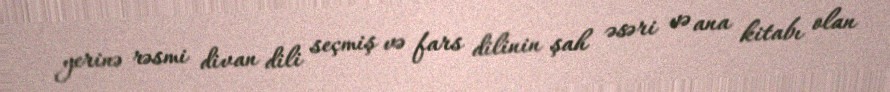
yerinə rəsmi divan dili seçmiş və fars dilinin şah əsəri və ana kitabı olan